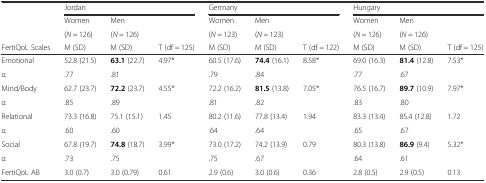
<table><thead><tr><td></td><td colspan="3"><b>Jordan</b></td><td colspan="3"><b>Germany</b></td><td colspan="3"><b>Hungary</b></td></tr><tr><td></td><td><b>Women</b></td><td><b>Men</b></td><td></td><td><b>Women</b></td><td><b>Men</b></td><td></td><td><b>Women</b></td><td><b>Men</b></td><td></td></tr><tr><td></td><td><b>(<i>N</i> = 126)</b></td><td><b>(<i>N</i> = 126)</b></td><td></td><td><b>(<i>N</i> = 123)</b></td><td><b>(<i>N</i> = 123)</b></td><td></td><td><b>(<i>N</i> = 126)</b></td><td><b>(<i>N</i> = 126)</b></td><td></td></tr><tr><td><b>FertiQoL Scales</b></td><td><b>M (SD)</b></td><td><b>M (SD)</b></td><td><b>T (df = 125)</b></td><td><b>M (SD)</b></td><td><b>M (SD)</b></td><td><b>T (df = 122)</b></td><td><b>M (SD)</b></td><td><b>M (SD)</b></td><td><b>T (df = 125)</b></td></tr></thead><tbody><tr><td>Emotional</td><td>52.8 (21.5)</td><td><b>63.1</b> (22.7)</td><td>4.97*</td><td>60.5 (17.6)</td><td><b>74.4</b> (16.1)</td><td>8.58*</td><td>69.0 (16.3)</td><td><b>81.4</b> (12.8)</td><td>7.53*</td></tr><tr><td>α</td><td>.77</td><td>.81</td><td></td><td>.79</td><td>.84</td><td></td><td>.77</td><td>.67</td><td></td></tr><tr><td>Mind/Body</td><td>62.7 (23.7)</td><td><b>72.2</b> (23.7)</td><td>4.55*</td><td>72.2 (16.2)</td><td><b>81.5</b> (13.8)</td><td>7.05*</td><td>76.5 (16.7)</td><td><b>89.7</b> (10.9)</td><td>7.97*</td></tr><tr><td>α</td><td>.85</td><td>.89</td><td></td><td>.81</td><td>.82</td><td></td><td>.83</td><td>.80</td><td></td></tr><tr><td>Relational</td><td>73.3 (16.8)</td><td>75.1 (15.1)</td><td>1.45</td><td>80.2 (11.6)</td><td>77.8 (13.4)</td><td>1.94</td><td>83.3 (13.4)</td><td>85.4 (12.8)</td><td>1.72</td></tr><tr><td>α</td><td>.60</td><td>.60</td><td></td><td>.64</td><td>.64</td><td></td><td>.65</td><td>.67</td><td></td></tr><tr><td>Social</td><td>67.8 (19.7)</td><td><b>74.8</b> (18.7)</td><td>3.99*</td><td>73.0 (17.2)</td><td>74.2 (13.9)</td><td>0.79</td><td>80.3 (13.8)</td><td><b>86.9</b> (9.4)</td><td>5.32*</td></tr><tr><td>α</td><td>.73</td><td>.75</td><td></td><td>.75</td><td>.67</td><td></td><td>.64</td><td>.61</td><td></td></tr><tr><td>FertiQoL AB</td><td>3.0 (0.7)</td><td>3.0 (0.79)</td><td>0.61</td><td>2.9 (0.6)</td><td>3.0 (0.6)</td><td>0.36</td><td>2.8 (0.5)</td><td>2.9 (0.5)</td><td>0.13</td></tr></tbody></table>